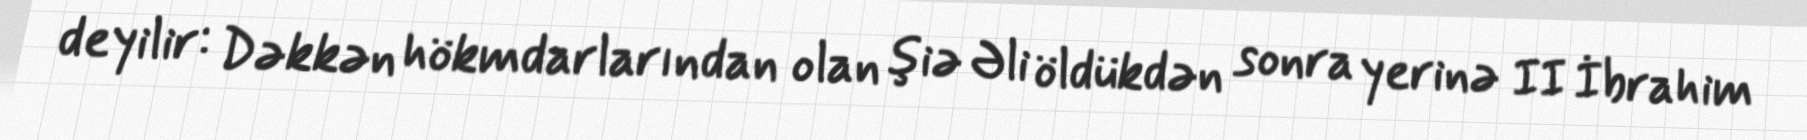
deyilir: Dəkkən hökmdarlarından olan şiə Əli öldükdən sonra yerinə II İbrahim